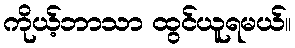
ကိုယ့်ဘာသာ ထွင်ယူရမယ်။